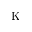
\mathrm { K }